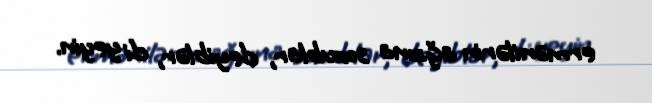
ermənilərin ağzına soxublar, deyiblər, di yeyin.